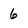
Character: 6